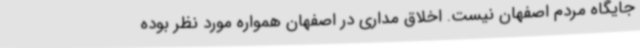
جایگاه مردم اصفهان نیست. اخلاق مداری در اصفهان همواره مورد نظر بوده